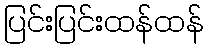
ပြင်းပြင်းထန်ထန်